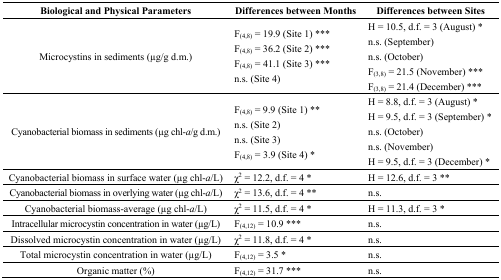
<table><thead><tr><td><b>Biological and Physical Parameters</b></td><td><b>Differences between Months</b></td><td><b>Differences between Sites</b></td></tr></thead><tbody><tr><td>Microcystins in sediments (μg/g d.m.)</td><td>F<sub>(4,8)</sub> = 19.9 (Site 1) *** F<sub>(4,8)</sub> = 36.2 (Site 2) *** F<sub>(4,8)</sub> = 41.1 (Site 3) *** n.s. (Site 4)</td><td>H = 10.5, d.f. = 3 (August) * n.s. (September) n.s. (October) F<sub>(3,8)</sub> = 21.5 (November) *** F<sub>(3,8)</sub> = 21.4 (December) ***</td></tr><tr><td>Cyanobacterial biomass in sediments (μg chl-<i>a</i>/g d.m.)</td><td>F<sub>(4,8)</sub> = 9.9 (Site 1) ** n.s. (Site 2) n.s. (Site 3) F<sub>(4,8)</sub> = 3.9 (Site 4) *</td><td>H = 8.8, d.f. = 3 (August) * H = 9.5, d.f. = 3 (September) * n.s. (October) n.s. (November) H = 9.5, d.f. = 3 (December) *</td></tr><tr><td>Cyanobacterial biomass in surface water (μg chl-<i>a</i>/L)</td><td>χ<sup>2</sup> = 12.2, d.f. = 4 *</td><td>H = 12.6, d.f. = 3 **</td></tr><tr><td>Cyanobacterial biomass in overlying water (μg chl-<i>a</i>/L)</td><td>χ<sup>2</sup> = 13.6, d.f. = 4 **</td><td>n.s.</td></tr><tr><td>Cyanobacterial biomass-average (μg chl-<i>a</i>/L)</td><td>χ<sup>2</sup> = 11.5, d.f. = 4 *</td><td>H = 11.3, d.f. = 3 *</td></tr><tr><td>Intracellular microcystin concentration in water (μg/L)</td><td>F<sub>(4,12)</sub> = 10.9 ***</td><td>n.s.</td></tr><tr><td>Dissolved microcystin concentration in water (μg/L)</td><td>χ<sup>2</sup> = 11.8, d.f. = 4 *</td><td>n.s.</td></tr><tr><td>Total microcystin concentration in water (μg/L)</td><td>F<sub>(4,12)</sub> = 3.5 *</td><td>n.s.</td></tr><tr><td>Organic matter (%)</td><td>F<sub>(4,12)</sub> = 31.7 ***</td><td>n.s.</td></tr></tbody></table>